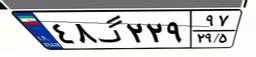
۴۸گ۲۲۹۹۷